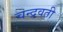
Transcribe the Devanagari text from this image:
चन्द्रवती